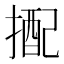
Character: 𢲭